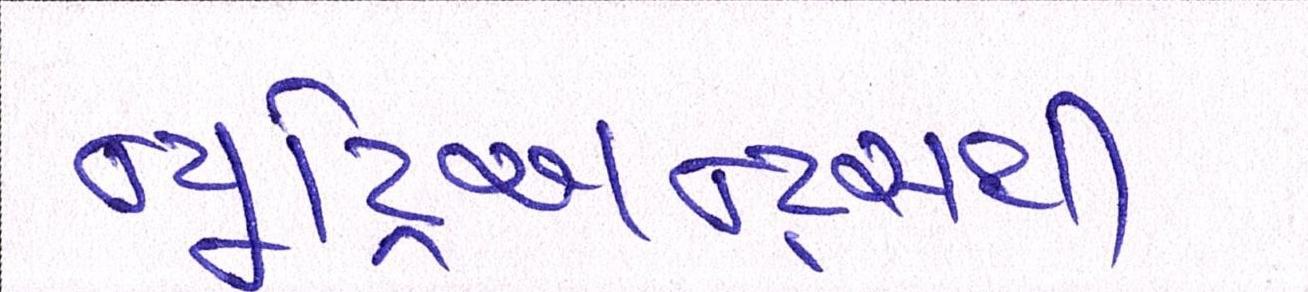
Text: ન્યૂટ્રિઅન્ટ્સથી